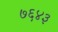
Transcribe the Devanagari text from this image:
७६४३